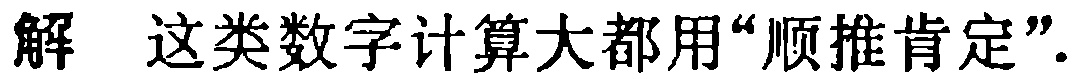
解 这类数字计算大都用“顺推肯定”.